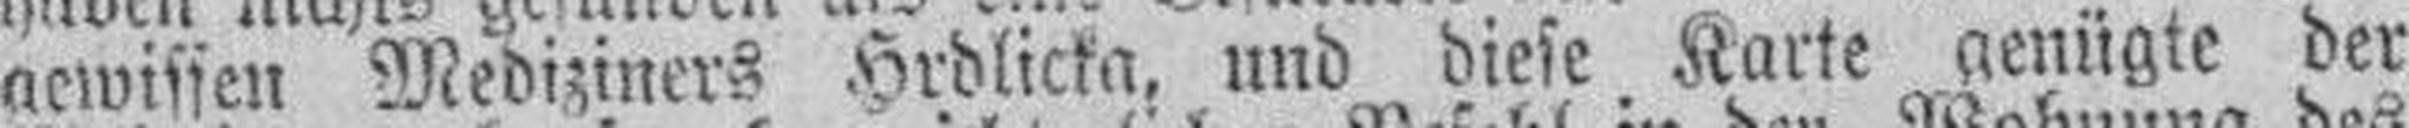
gewissen Mediziners Hrdlicka, und diese Karte genügte der